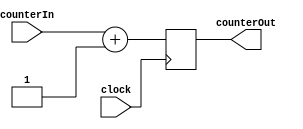
`timescale 1ns / 1ps
////////////////////////////////////////////////////////////////////////////////
// Module Name: Counter - 2 Bit
//
// Description: Takes an input clock signal and outputs a 2 bit counter value
//              that overflows consistently.
////////////////////////////////////////////////////////////////////////////////


module Counter2Bit (
    // Inputs
    input clock,
    input [1:0] counterIn,
    // Outputs
    output reg [1:0] counterOut
    );

    always @(posedge clock) begin
        // Iterate counter value on clock input
        counterOut <= counterIn + 1;
    end
endmodule